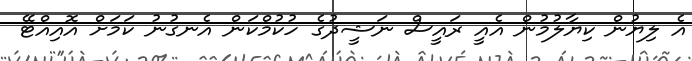
އެ ލިޔުން ކިޔާލުމުން އެއީ ރައީސް ނަޝީދުގެ ހުކުމްކަން އެނގުނު ކަމަށް އޮއިއްޓޭ